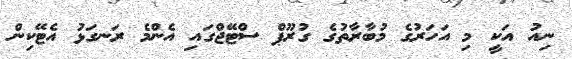
ނިއު އަކީ މި އަހަރުގެ މުބާރާތުގެ ގުރޫޕް ސްޓޭޖްގައި އެންމެ ރަނގަޅު އެޓޭކިން